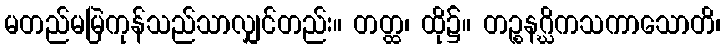
မတည်မမြဲကုန်သည်သာလျှင်တည်း။ တတ္ထ၊ ထို၌။ တဉ္စနဂ္ဃိကသကာသောတိ၊